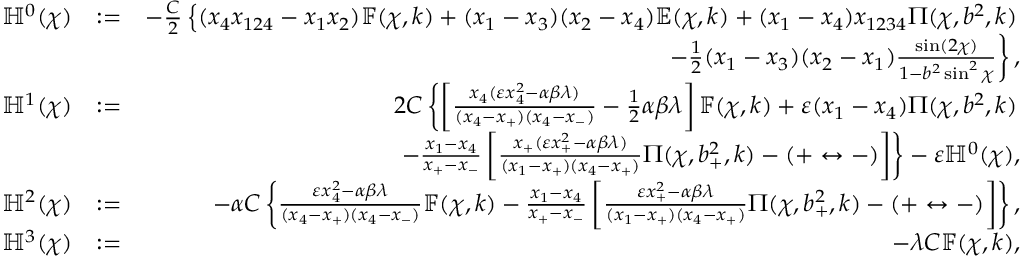
\begin{array} { r l r } { \mathbb { H } ^ { 0 } ( \chi ) } & { : = } & { - \frac { C } { 2 } \left\{ ( x _ { 4 } x _ { 1 2 4 } - x _ { 1 } x _ { 2 } ) \mathbb { F } ( \chi , k ) + ( x _ { 1 } - x _ { 3 } ) ( x _ { 2 } - x _ { 4 } ) \mathbb { E } ( \chi , k ) + ( x _ { 1 } - x _ { 4 } ) x _ { 1 2 3 4 } \Pi ( \chi , b ^ { 2 } , k ) \right. } \\ & { } & { \left. \qquad \qquad - \frac { 1 } { 2 } ( x _ { 1 } - x _ { 3 } ) ( x _ { 2 } - x _ { 1 } ) \frac { \sin ( 2 \chi ) } { 1 - b ^ { 2 } \sin ^ { 2 } \chi } \right\} , } \\ { \mathbb { H } ^ { 1 } ( \chi ) } & { : = } & { 2 C \left\{ \left[ \frac { x _ { 4 } ( \varepsilon x _ { 4 } ^ { 2 } - \alpha \beta \lambda ) } { ( x _ { 4 } - x _ { + } ) ( x _ { 4 } - x _ { - } ) } - \frac { 1 } { 2 } \alpha \beta \lambda \right] \mathbb { F } ( \chi , k ) + \varepsilon ( x _ { 1 } - x _ { 4 } ) \Pi ( \chi , b ^ { 2 } , k ) \right. } \\ & { } & { \left. \qquad - \frac { x _ { 1 } - x _ { 4 } } { x _ { + } - x _ { - } } \left[ \frac { x _ { + } ( \varepsilon x _ { + } ^ { 2 } - \alpha \beta \lambda ) } { ( x _ { 1 } - x _ { + } ) ( x _ { 4 } - x _ { + } ) } \Pi ( \chi , b _ { + } ^ { 2 } , k ) - ( + \leftrightarrow - ) \right] \right\} - \varepsilon \mathbb { H } ^ { 0 } ( \chi ) , } \\ { \mathbb { H } ^ { 2 } ( \chi ) } & { : = } & { - \alpha C \left\{ \frac { \varepsilon x _ { 4 } ^ { 2 } - \alpha \beta \lambda } { ( x _ { 4 } - x _ { + } ) ( x _ { 4 } - x _ { - } ) } \mathbb { F } ( \chi , k ) - \frac { x _ { 1 } - x _ { 4 } } { x _ { + } - x _ { - } } \left[ \frac { \varepsilon x _ { + } ^ { 2 } - \alpha \beta \lambda } { ( x _ { 1 } - x _ { + } ) ( x _ { 4 } - x _ { + } ) } \Pi ( \chi , b _ { + } ^ { 2 } , k ) - ( + \leftrightarrow - ) \right] \right\} , } \\ { \mathbb { H } ^ { 3 } ( \chi ) } & { : = } & { - \lambda C \mathbb { F } ( \chi , k ) , } \end{array}